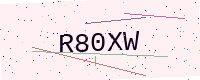
Text: R80XW